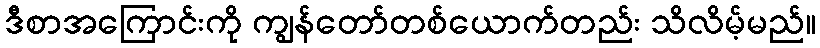
ဒီစာအကြောင်းကို ကျွန်တော်တစ်ယောက်တည်း သိလိမ့်မည်။